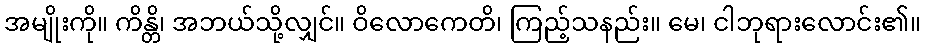
အမျိုးကို။ ကိန္တိ၊ အဘယ်သို့လျှင်။ ဝိလောကေတိ၊ ကြည့်သနည်း။ မေ၊ ငါဘုရားလောင်း၏။